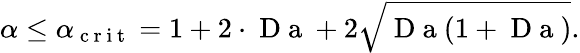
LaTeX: \alpha\leq\alpha_{\mathrm{~c~r~i~t~}}=1+2\cdot\mathrm{~D~a~}+2\sqrt{\mathrm{~D~a~}(1+\mathrm{~D~a~})}.